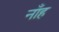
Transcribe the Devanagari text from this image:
नाँह